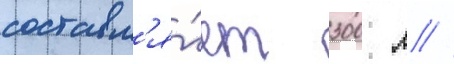
составл'я́ет 300 л //